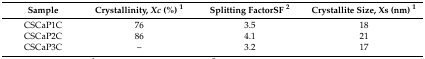
| Sample | Crystallinity, Xc (%) 1 | Splitting FactorSF 2 | Crystallite Size, Xs (nm) 1 |
 | --- | --- | --- | --- |
 | CSCaP1C | 76 | 3.5 | 18 |
 | CSCaP2C | 86 | 4.1 | 21 |
 | CSCaP3C | -- | 3.2 | 17 |